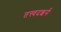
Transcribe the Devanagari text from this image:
तत्त्वदशर्न